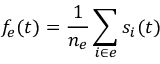
f _ { e } ( t ) = \frac { 1 } { n _ { e } } \sum _ { i \in e } s _ { i } ( t )